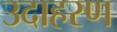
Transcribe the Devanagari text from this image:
उदाहरण